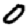
Digit: 0